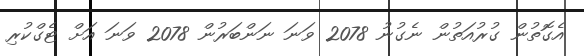
އެގޮތުން ގުރުއަތުން ނެގުނު 2078 ވަނަ ނަންބަރުން 2078 ވަނަ އަށް ޓެގްކުރި